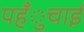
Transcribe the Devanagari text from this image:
पहँुचाई